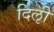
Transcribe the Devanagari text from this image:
दिऌी